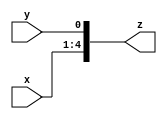
module ass(input [3:0] x,
           input y,
           output [4:0] z);
  assign z = {x, y};
  // assign z = {3{y}};

  // assign z[3:1] = {x, y};
  // assign z[4:1] = {x, y};
  // assign z[4] = 1;

  // assign z[3:0] = x;
  // assign z[4] = y;

  // assign z = {x[1:0], y};

endmodule